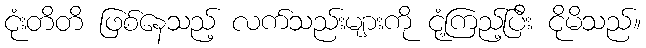
ငုံးတိတိ ဖြစ်နေသည့် လက်သည်းများကို ငုံ့ကြည့်ပြီး ငိုမိသည်။